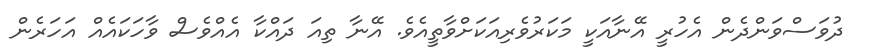
ދުވަސްވަންދެން އެހުރީ އޭނާއަކީ މަކަރުވެރިއަކަށްވާތީއެވެ. އޭނާ ތިއަ ދައްކާ އެއްވެސް ވާހަކައެއް އަހަރެން